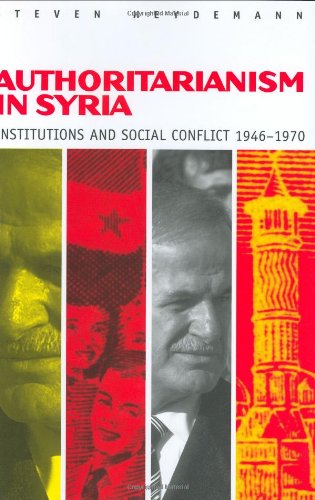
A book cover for Authoritarianism in Syria: Institutions and Social Conflict, 1946-1970; Steven Heydemann; History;